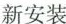
新安装